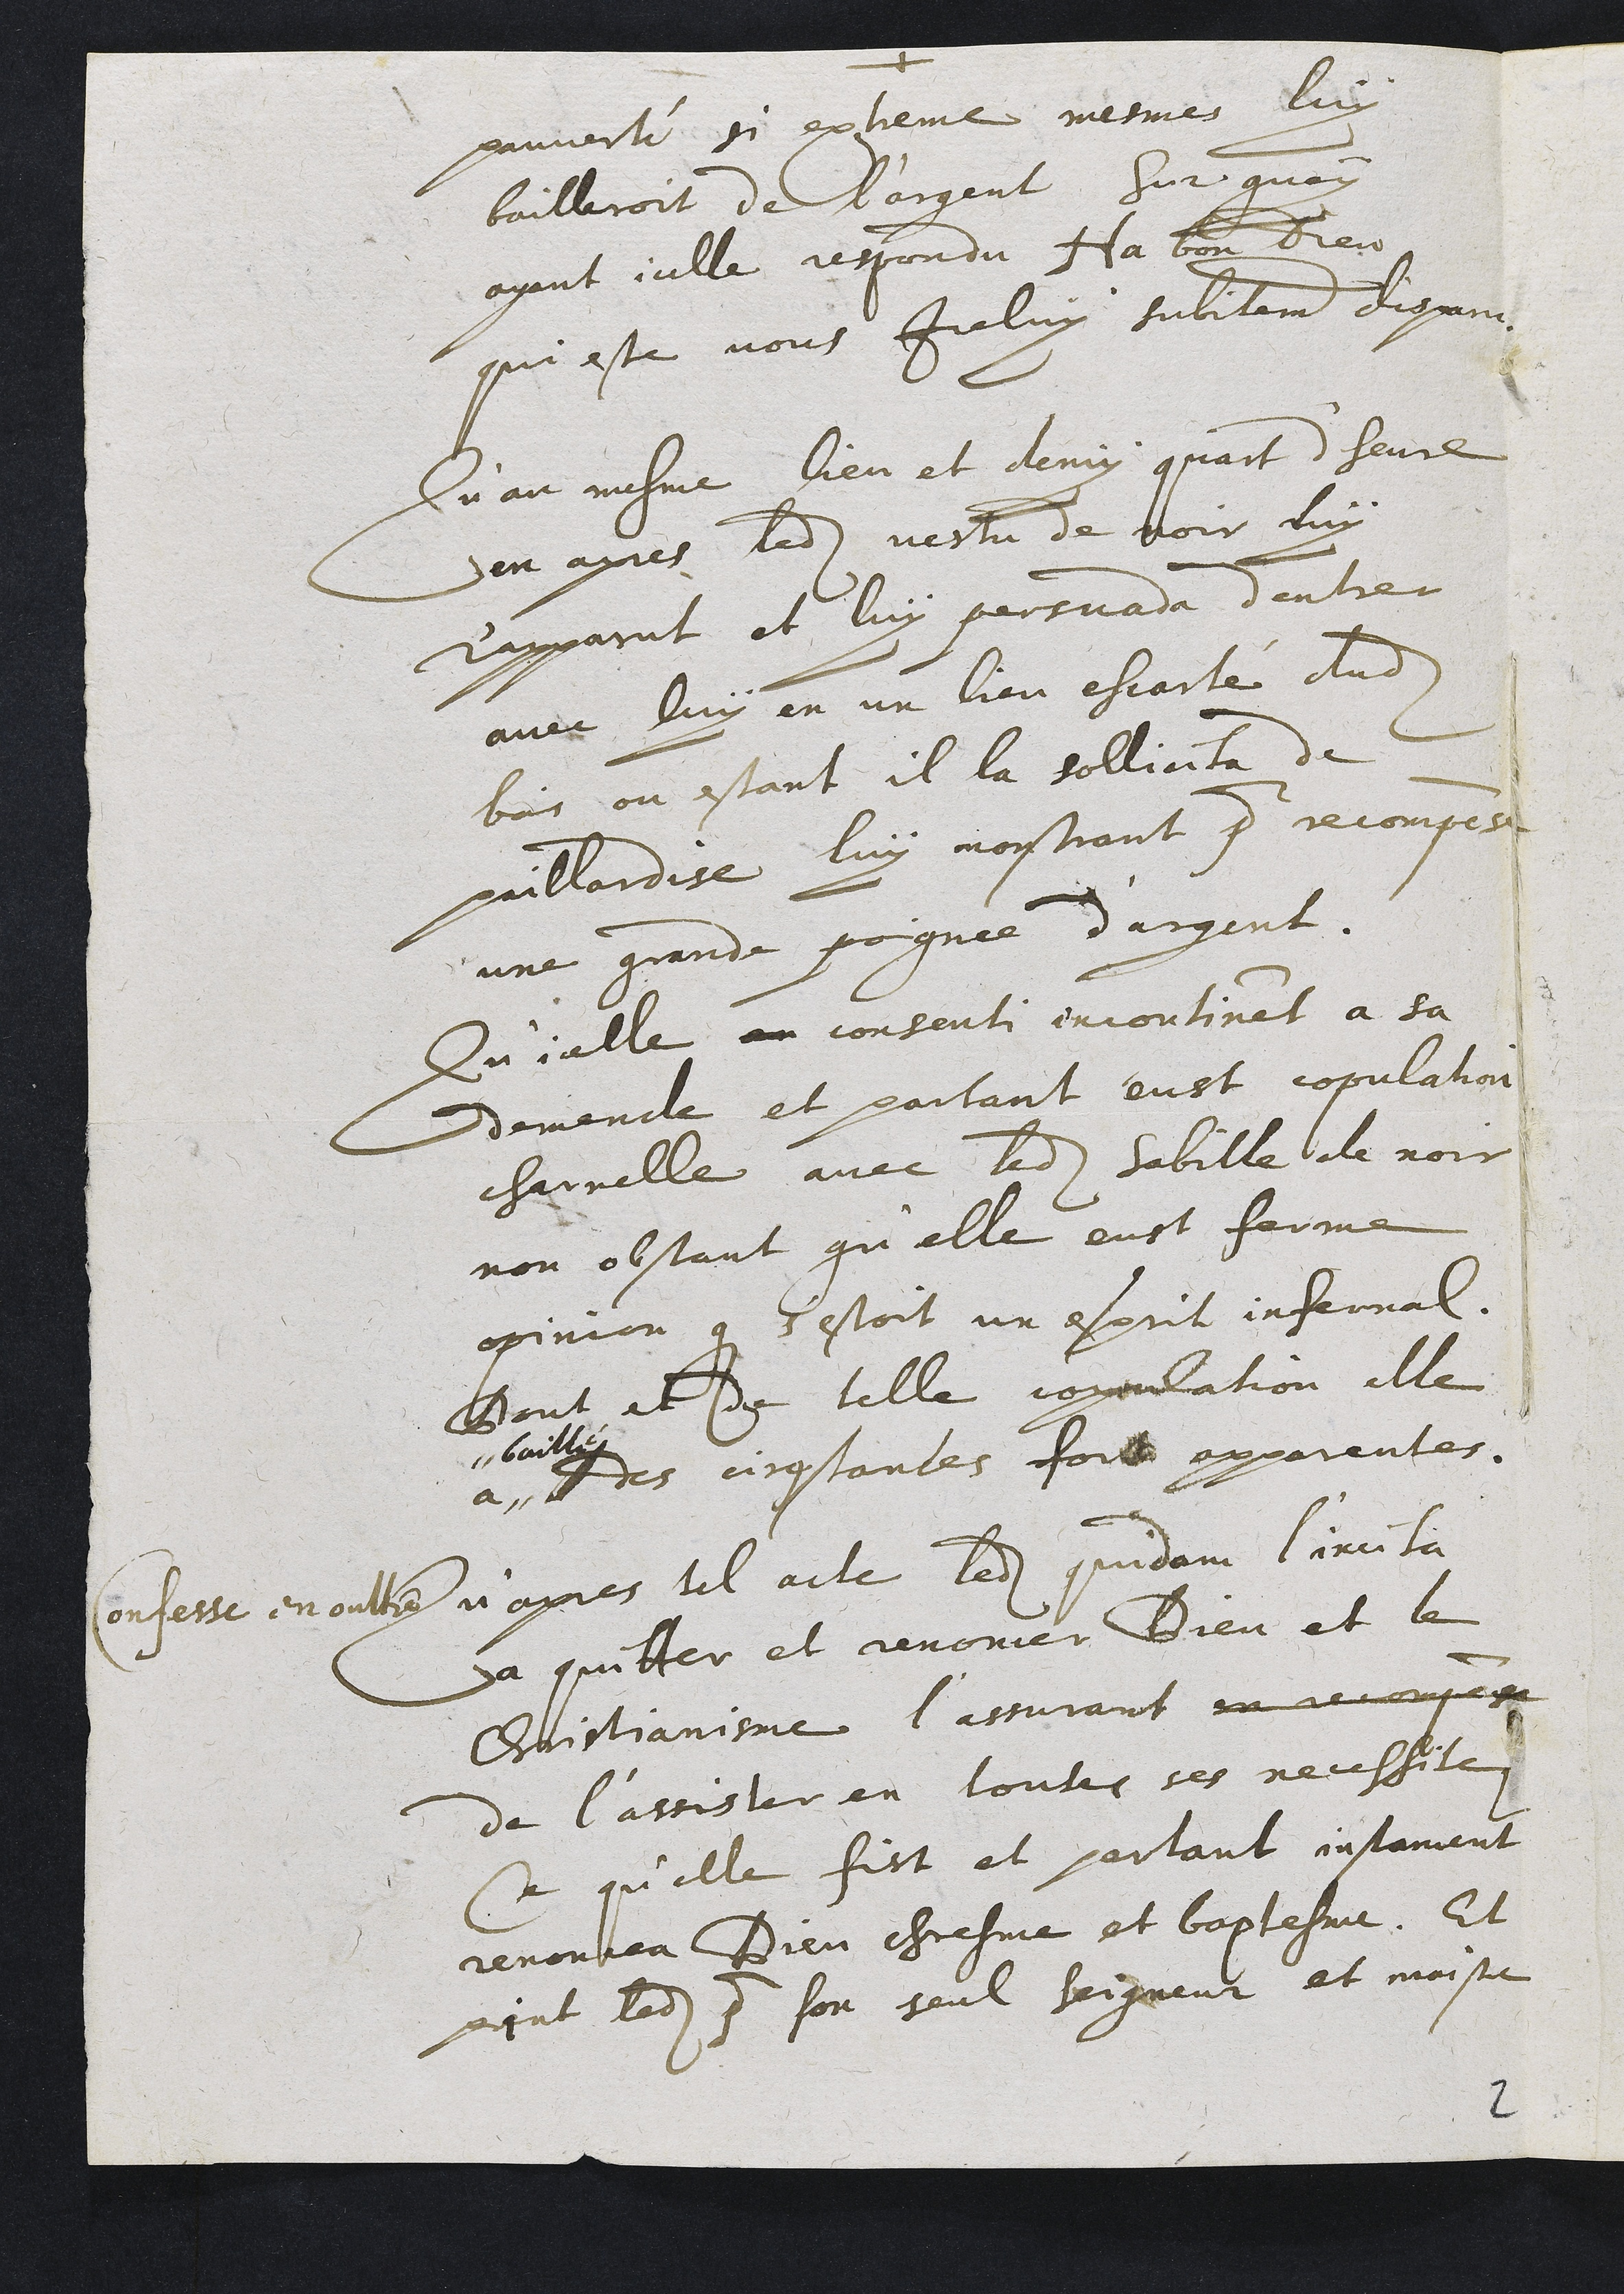
pauverté si extreme mesmes luy
bailleroit de l’argent sur quoy
ayant icelle respondu Ha ben Dieu
qui este vous Iceluy subitement depaiin
Qu'au mesme lieu et demy quart d'heure
en apres ledit vestu de voir luy
r'apparut et luy persuada d'entrer
avec luy en un lieu escarté dudit
bois ou estant il la sollicita de
paillardise luy mostrant pour recompe
une grande pognée d’argent.
Qu'icelle en confenti encontinat à sa
demende et partant eust copulation
charrelle avec ledit sabille de noir
non obstant qu'elle eust ferme
opinion que s'estoit un esprit infernal
Dont et de telle coppulation elle
a
# baille
Des cinestantes fort apparentes.
Confesse en oulte n'apres tel acte ledit quidam l'inei la
a quitter et renoncer Dieu et le
Chuistiancsme l’assurant en reccnpes
de l’assister en toutes ses necessites
Ce qu'elle fist et partant instament
renouvea Dieu chresme et baptesme. Et
piint ledit  son seul Seigneur et moistre